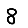
Digit: 8